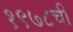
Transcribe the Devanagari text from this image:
१९७८ची